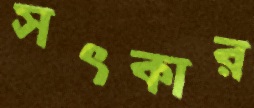
সৎকার